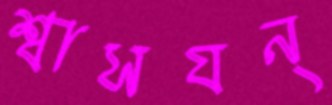
শ্বাসযন্